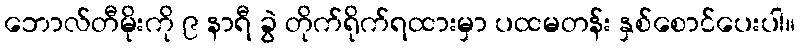
ဘောလ်တီမိုးကို ၉ နာရီ ခွဲ တိုက်ရိုက်ရထားမှာ ပထမတန်း နှစ်စောင်ပေးပါ။